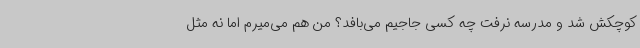
کوچکش شد و مدرسه نرفت چه کسی جاجیم می‌بافد؟ من هم می‌میرم اما نه مثل